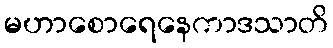
မဟာစောရေနေကာဒသာတိ